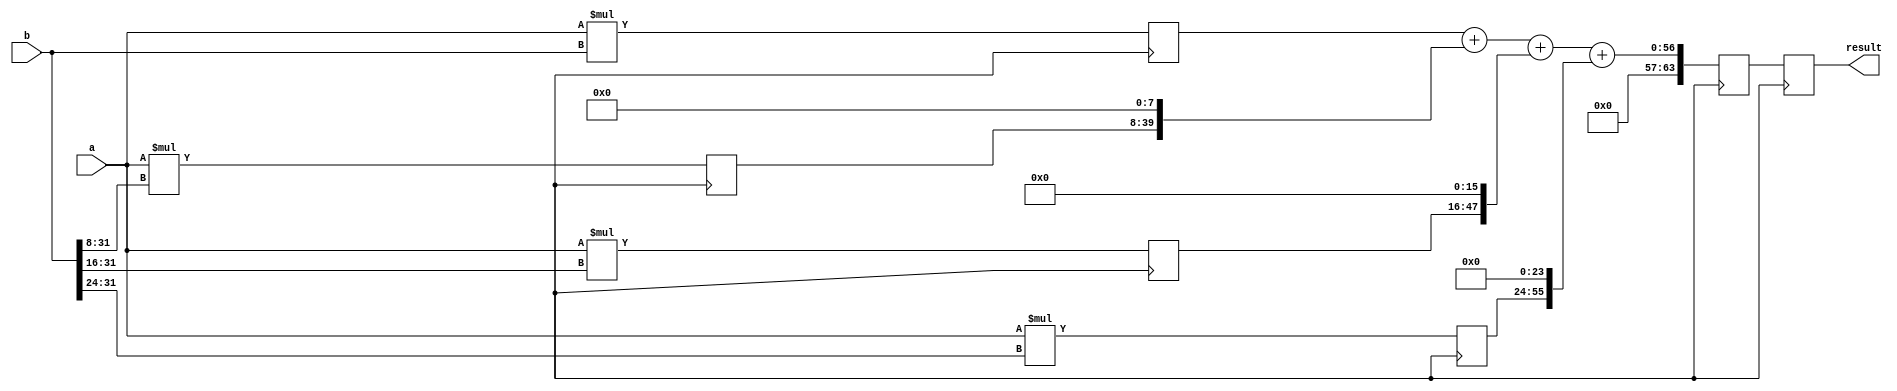
module Radix4_Multiplier (
    input signed [31:0] a,
    input signed [31:0] b,
    output reg signed [63:0] result
);

reg [31:0] partial_products [3:0];
reg [63:0] accumulator;
reg [31:0] a_ext, b_ext;

// Sign extension
assign a_ext = {a[31], a};
assign b_ext = {b[31], b};

always @(posedge clk) begin
    partial_products[0] <= a_ext * b_ext;
    partial_products[1] <= a_ext * (b_ext >> 8);
    partial_products[2] <= a_ext * (b_ext >> 16);
    partial_products[3] <= a_ext * (b_ext >> 24);
end

always @(posedge clk) begin
    accumulator <= partial_products[0] + (partial_products[1] << 8) + (partial_products[2] << 16) + (partial_products[3] << 24);
    result <= accumulator;
end

endmodule